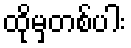
ထိုမှတစ်ပါး